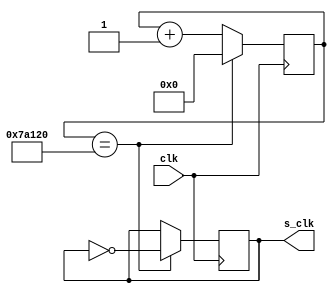
`timescale 1ns / 1ps
//////////////////////////////////////////////////////////////////////////////////
// Company: 
// Engineer: 
// 
// Design Name: 
// Module Name: user_clock
// Project Name: 
// Target Devices: 
// Tool Versions: 
// Description: 
// 
// Dependencies: 
// 
// Revision:
// Revision 0.01 - File Created
// Additional Comments:
// 
//////////////////////////////////////////////////////////////////////////////////


module user_clock(s_clk,clk);

  input clk;
  output s_clk;
  
  reg clk_out = 0;
  reg [25:0] count = 0;
  
  always @(posedge clk) begin
    count <= count + 1;
    if (count == 5_00_000) begin
      count <= 0;
      clk_out = ~clk_out;
    end
  end
  assign s_clk = clk_out;
endmodule